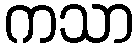
ကသာ